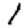
Digit: 1